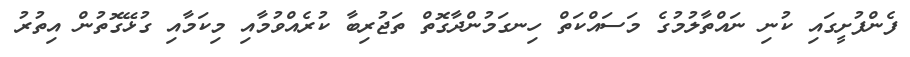
ފެންފުށީގައި ކުނި ނައްތާލުމުގެ މަސައްކަތް ހިނގަމުންދާގޮތް ތަޖުރިބާ ކުރެއްވުމާއި މިކަމާއި ގުޅޭގޮތުން އިތުރު